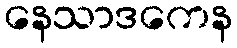
နေသာဒကေန